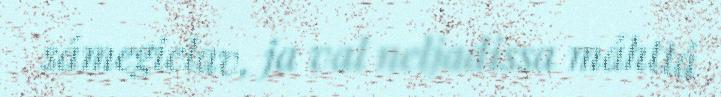
sámegielav, ja val neljadissa máhttá